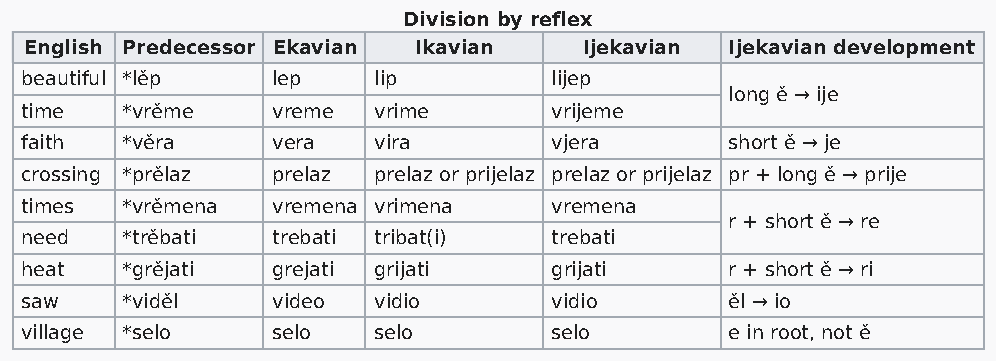
Division by reflex
 English Predecessor Ekavian Ikavian  Ijekavian Ijekavian development
 beautiful *lěp   lep    lip        lijep
 long ě → ije
 time   *vrěme    vreme  vrime      vrijeme
 faith  *věra     vera   vira       vjera       short ě → je
 crossing *prělaz prelaz prеlaz or prijelaz prеlaz or prijelaz pr + long ě → prije
 times  *vrěmena  vremena vrimena   vremena
 r + short ě → re
 need   *trěbati  trebati tribat(i) trebati
 heat   *grějati  grejati grijati   grijati     r + short ě → ri
 saw    *viděl    video  vidio      vidio       ěl → io
 village *selo    selo   selo       selo        e in root, not ě